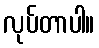
လုပ်တာပါ။